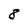
Character: 8